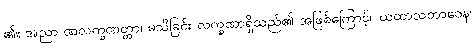
၏။ အညာ ဏလက္ခဏတ္တာ၊ မသိခြင်း လက္ခဏာရှိသည်၏ အဖြစ်ကြောင့်။ ယထာသဘာဝေန၊